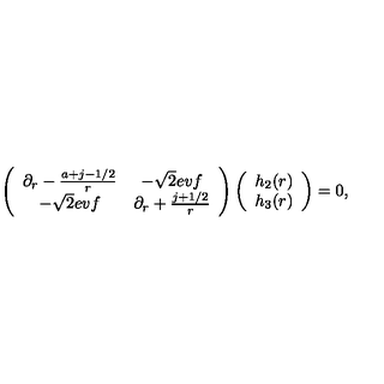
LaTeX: \left( \begin{array} { c c } { \partial _ { r } - { \frac { a + j - 1 / 2 } { r } } } & { - \sqrt { 2 } e v f } \\ { - \sqrt { 2 } e v f } & { \partial _ { r } + { \frac { j + 1 / 2 } { r } } } \\ \end{array} \right) \left( \begin{array} { c } { h _ { 2 } ( r ) } \\ { h _ { 3 } ( r ) } \\ \end{array} \right) = 0 ,